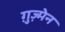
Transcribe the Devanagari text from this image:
ग़ुज़्मेन